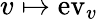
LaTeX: v\mapsto\mathrm{ev}_{v}